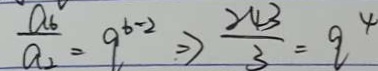
\frac { a _ { 6 } } { a _ { 1 } } = q ^ { b - 2 } \Rightarrow \frac { 2 4 3 } { 3 } = q ^ { 4 }